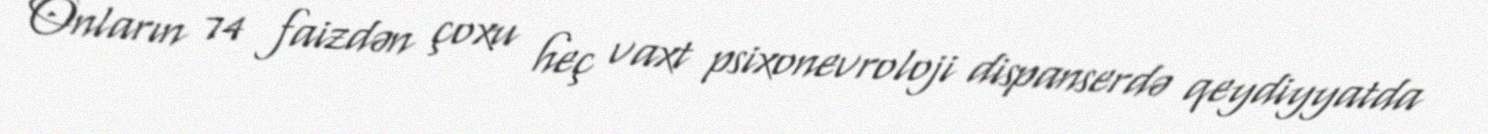
Onların 74 faizdən çoxu heç vaxt psixonevroloji dispanserdə qeydiyyatda